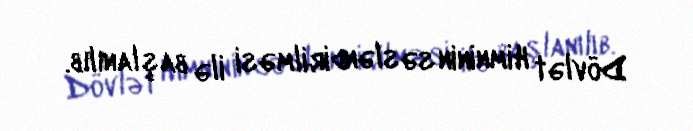
Dövlət Himninin səsləndirilməsi ilə başlanılıb.